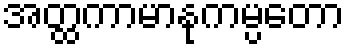
အတ္ထကာမာနုကမ္ပတော